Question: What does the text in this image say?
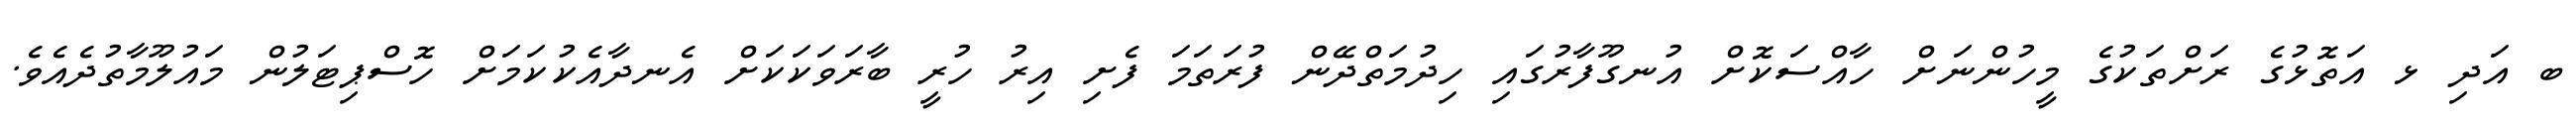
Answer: ބ އަދި ޅ އަތޮޅުގެ ރަށްތަކުގެ މީހުންނަށް ހާއްސަކޮށް އުނގޫފާރުގައި ހިދުމަތްދޭން ފުރަތަމަ ފެށި އިރު ހުރީ ބާރަވަކަކަށް އެނދާއެކުކަމަށް ހޮސްޕިޓަލުން މައުލޫމާތުދެއެވެ.